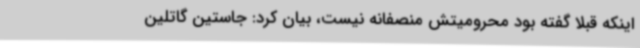
اینکه قبلا گفته بود محرومیتش منصفانه نیست، بیان کرد: جاستین گاتلین